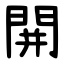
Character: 䦕